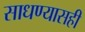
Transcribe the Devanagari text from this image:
साधण्यासही